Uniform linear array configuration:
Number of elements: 4
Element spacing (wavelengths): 0.5
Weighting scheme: hann
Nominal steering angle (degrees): -60
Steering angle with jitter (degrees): -58.187
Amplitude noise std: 0.05
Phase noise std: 0.05

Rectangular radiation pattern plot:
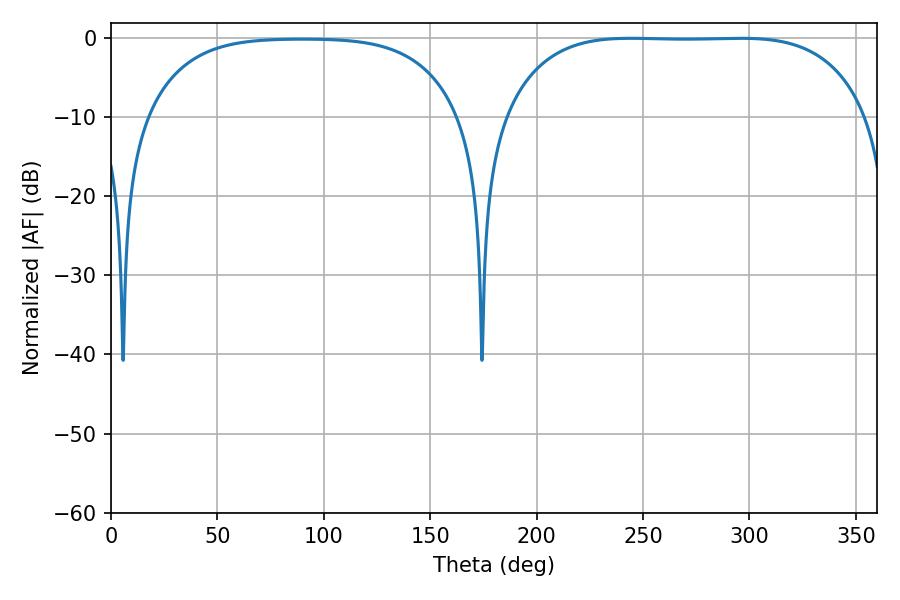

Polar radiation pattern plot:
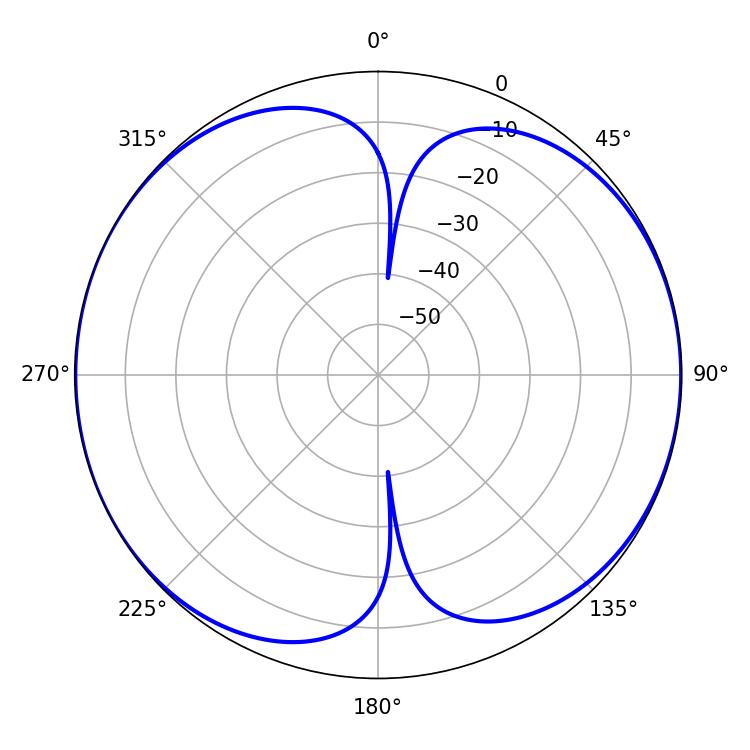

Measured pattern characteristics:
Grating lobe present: FALSE
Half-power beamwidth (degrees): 132.48
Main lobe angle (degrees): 244.26